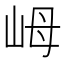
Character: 㟂